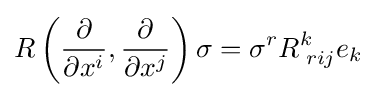
R\left({\frac {\partial }{\partial x^{i}}},{\frac {\partial }{\partial x^{j}}}\right)\sigma =\sigma ^{r}R_{\;rij}^{k}e_{k}